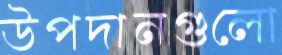
উপদানগুলো